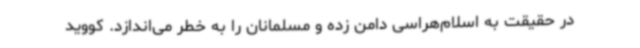
در حقیقت به اسلام‌هراسی دامن زده و مسلمانان را به خطر می‌اندازد. کووید